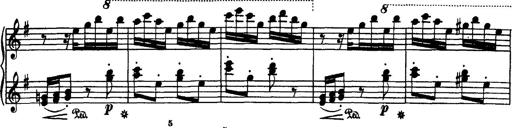
Title: Hungarian Rhapsody No.7
Composer: Franz Liszt
Key: D minor